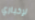
لإخباري